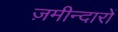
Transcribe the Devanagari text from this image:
ज़मीन्दारों